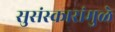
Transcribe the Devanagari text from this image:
सुसंस्कारांमुळे